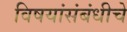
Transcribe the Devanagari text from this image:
विषयांसंबंधीचे